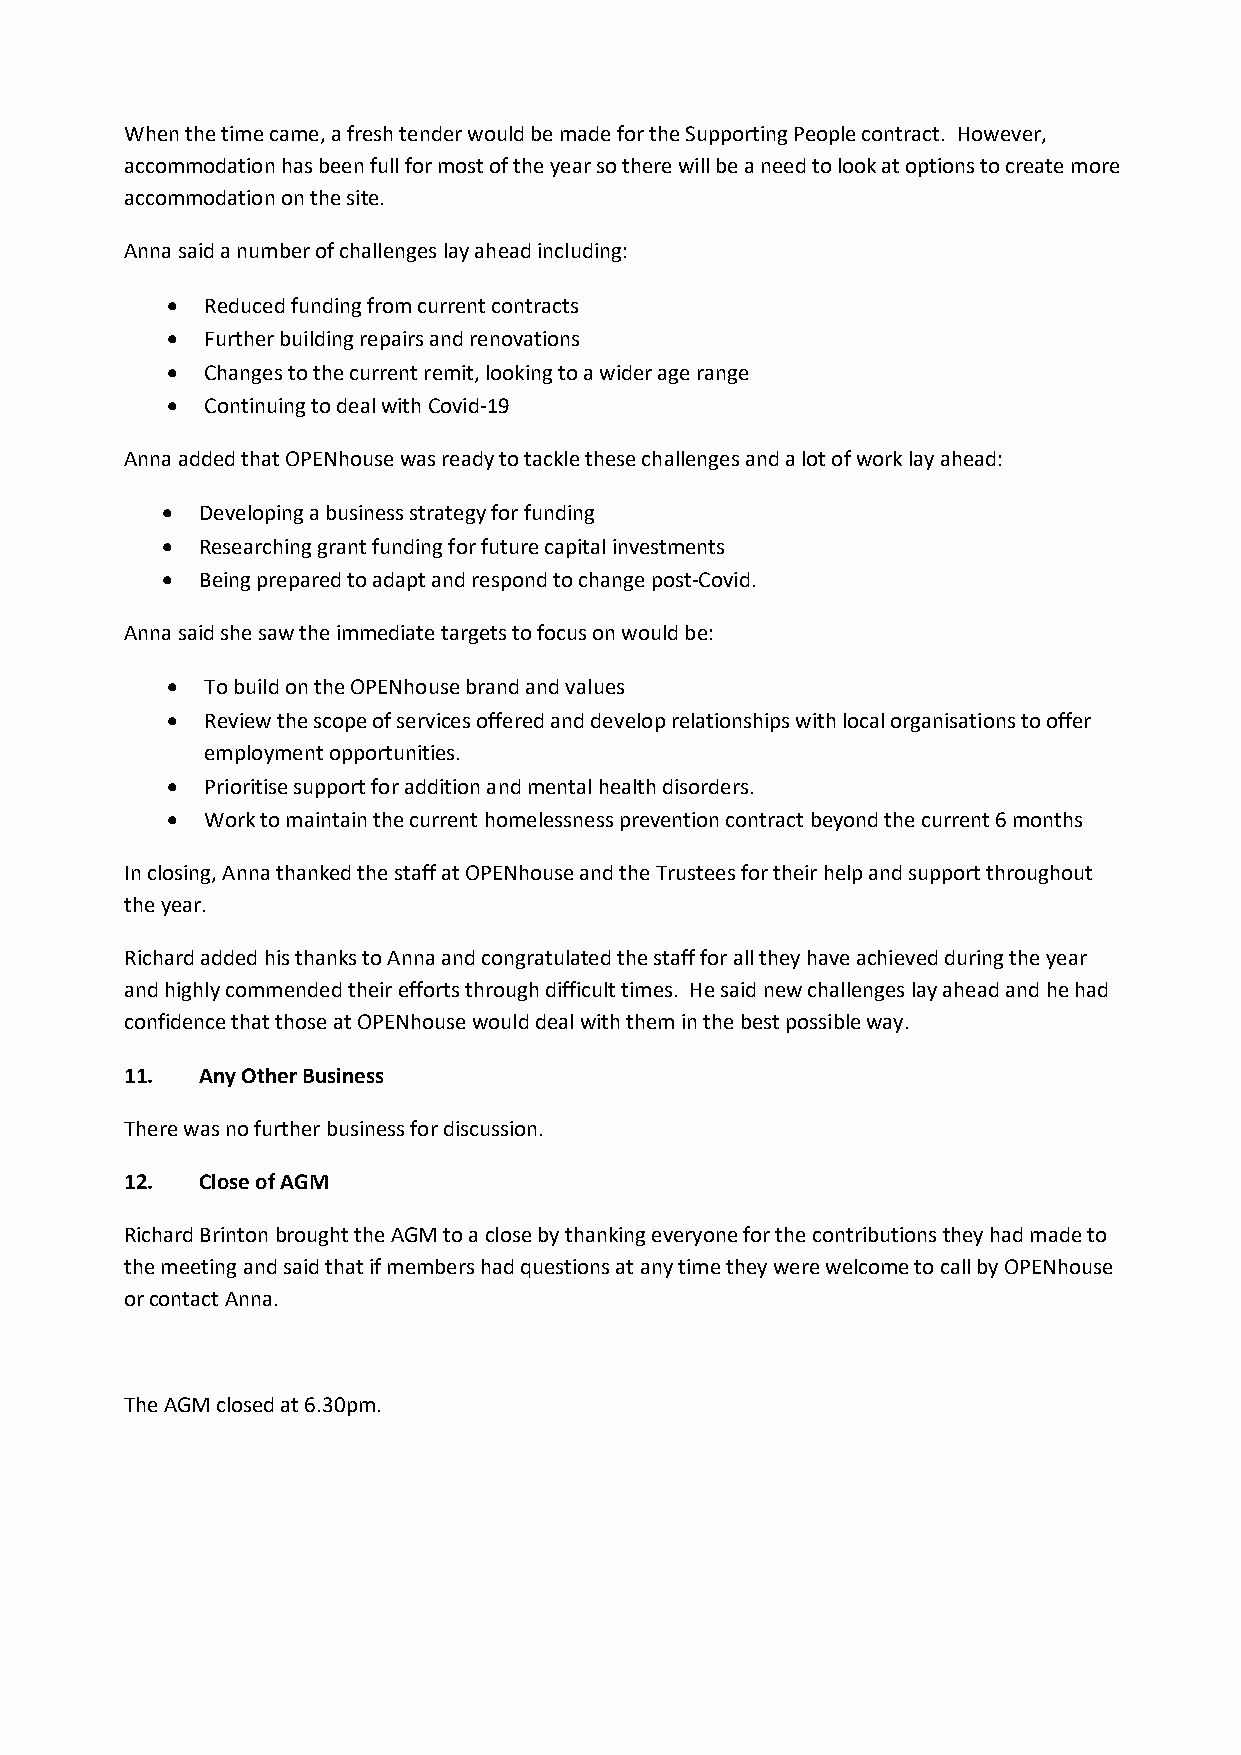
When the time came, a fresh tender would be made for the Supporting People contract. However,
 accommodation has been full for most of the year so there will be a need to look at options to create more
 accommodation on the site.
 Anna said a number of challenges lay ahead including:
 •  Reduced funding from current contracts
 •  Further building repairs and renovations
 •  Changes to the current remit, looking to a wider age range
 •  Continuing to deal with Covid-19
 Anna added that OPENhouse was ready to tackle these challenges and a lot of work lay ahead:
 • Developing a business strategy for funding
 • Researching grant funding for future capital investments
 • Being prepared to adapt and respond to change post-Covid.
 Anna said she saw the immediate targets to focus on would be:
 •  To build on the OPENhouse brand and values
 •  Review the scope of services offered and develop relationships with local organisations to offer
 employment opportunities.
 •  Prioritise support for addition and mental health disorders.
 •  Work to maintain the current homelessness prevention contract beyond the current 6 months
 In closing, Anna thanked the staff at OPENhouse and the Trustees for their help and support throughout
 the year.
 Richard added his thanks to Anna and congratulated the staff for all they have achieved during the year
 and highly commended their efforts through difficult times. He said new challenges lay ahead and he had
 confidence that those at OPENhouse would deal with them in the best possible way.
 11.  Any Other Business
 There was no further business for discussion.
 12.  Close of AGM
 Richard Brinton brought the AGM to a close by thanking everyone for the contributions they had made to
 the meeting and said that if members had questions at any time they were welcome to call by OPENhouse
 or contact Anna.
 The AGM closed at 6.30pm.